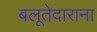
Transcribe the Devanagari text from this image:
बलूतेदाराना